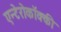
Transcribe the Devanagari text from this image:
एन्टेरोकॉक्की